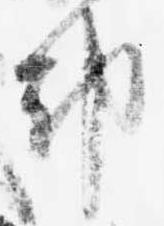
都